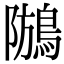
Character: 𪁢